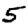
Digit: 5